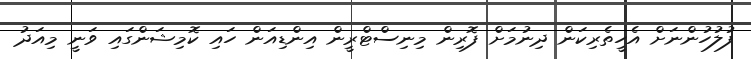
ފުލުހުންނަށް އެހީތެރިކަން ދިނުމަށް ފޮރިން މިނިސްޓްރީން އިންޑިއަން ހައި ކޮމިޝަންގައި ވަނީ މިއަދު